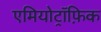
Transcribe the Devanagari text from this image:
एमियोट्रॉफ़िक